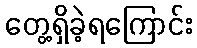
တွေ့ရှိခဲ့ရကြောင်း